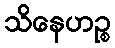
သိနေဟဉ္စ